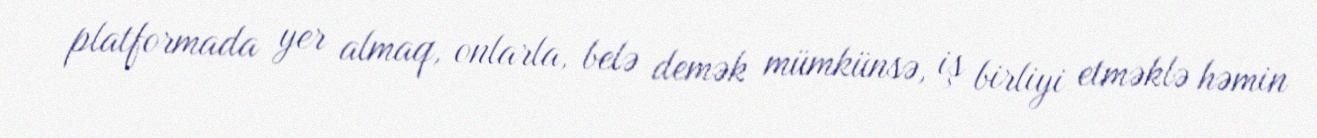
platformada yer almaq, onlarla, belə demək mümkünsə, iş birliyi etməklə həmin